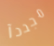
مجددآ